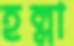
হল্লা